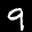
Label: 9